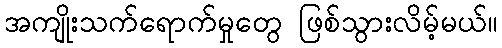
အကျိုးသက်ရောက်မှုတွေ ဖြစ်သွားလိမ့်မယ်။